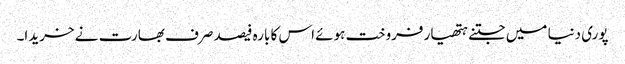
پوری دنیا میں جتنے ہتھیار فروخت ہوئے اس کا بارہ فیصد صرف بھارت نے خریدا۔